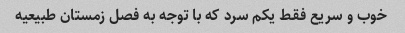
خوب و سریع فقط یکم سرد که با توجه به فصل زمستان طبیعیه